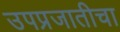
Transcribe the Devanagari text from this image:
उपप्रजातीचा